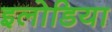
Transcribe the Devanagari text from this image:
इलोडिया